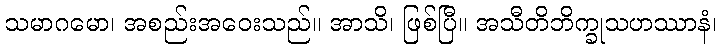
သမာဂမော၊ အစည်းအဝေးသည်။ အာသိ၊ ဖြစ်ပြီ။ အသီတိဘိက္ခုသဟဿာနံ၊